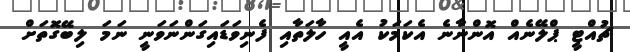
ޗުއްޓީ ޕްލޭނެއް އޮންނާނެ އެކަމަކު އެއީ ހާލަތާއި ފެނިވަޑައިގަންނަވަނީ ނަމަ ލިބޭގޮތަށް